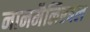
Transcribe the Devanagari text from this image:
नानमैलिएबल